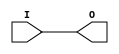
// $Header: /devl/xcs/repo/env/Databases/CAEInterfaces/verunilibs/data/unisims/BUFG.v,v 1.6 2007/05/23 21:43:33 patrickp Exp $
///////////////////////////////////////////////////////////////////////////////
// Copyright (c) 1995/2004 Xilinx, Inc.
// All Right Reserved.
///////////////////////////////////////////////////////////////////////////////
//   ____  ____
//  /   /\/   /
// /___/  \  /    Vendor : Xilinx
// \   \   \/     Version : 10.1
//  \   \         Description : Xilinx Functional Simulation Library Component
//  /   /                  Global Clock Buffer
// /___/   /\     Filename : BUFG.v
// \   \  /  \    Timestamp : Thu Mar 25 16:42:14 PST 2004
//  \___\/\___\
//
// Revision:
//    03/23/04 - Initial version.
//    05/23/07 - Changed timescale to 1 ps / 1 ps.

`timescale  1 ps / 1 ps


module BUFG (O, I);

    output O;

    input  I;

	buf B1 (O, I);


endmodule